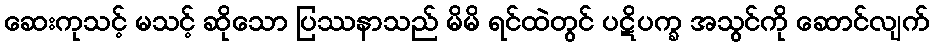
ဆေးကုသင့် မသင့် ဆိုသော ပြဿနာသည် မိမိ ရင်ထဲတွင် ပဋိပက္ခ အသွင်ကို ဆောင်လျက်